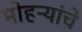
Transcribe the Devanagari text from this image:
मोहऱ्यांचे